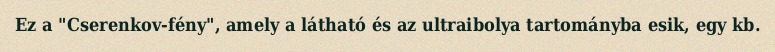
Ez a "Cserenkov-fény", amely a látható és az ultraibolya tartományba esik, egy kb.